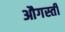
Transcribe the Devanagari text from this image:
औगस्ती